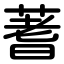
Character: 蓍